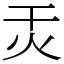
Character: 㶣